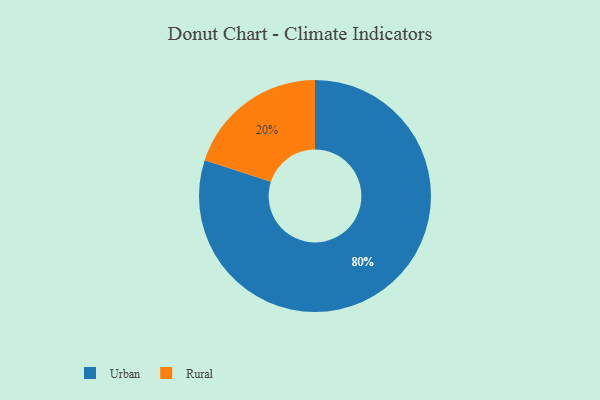
{"axis": {"x": "Category", "y": "Percentage"}, "legend": ["Rural", "Urban"], "data": [{"x": "Urban", "y": 80, "type": "Urban"}, {"x": "Rural", "y": 20, "type": "Rural"}]}